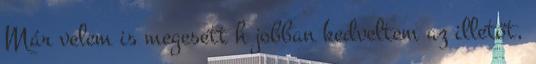
Már velem is megesett h jobban kedveltem az illetőt,